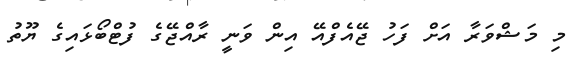
މި މަޝްވަރާ އަށް ފަހު ޖޭއެފްއޭ އިން ވަނީ ރާއްޖޭގެ ފުޓްބޯޅައިގެ ޔޫތު